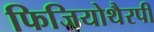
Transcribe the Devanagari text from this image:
फिजियोथैरपी